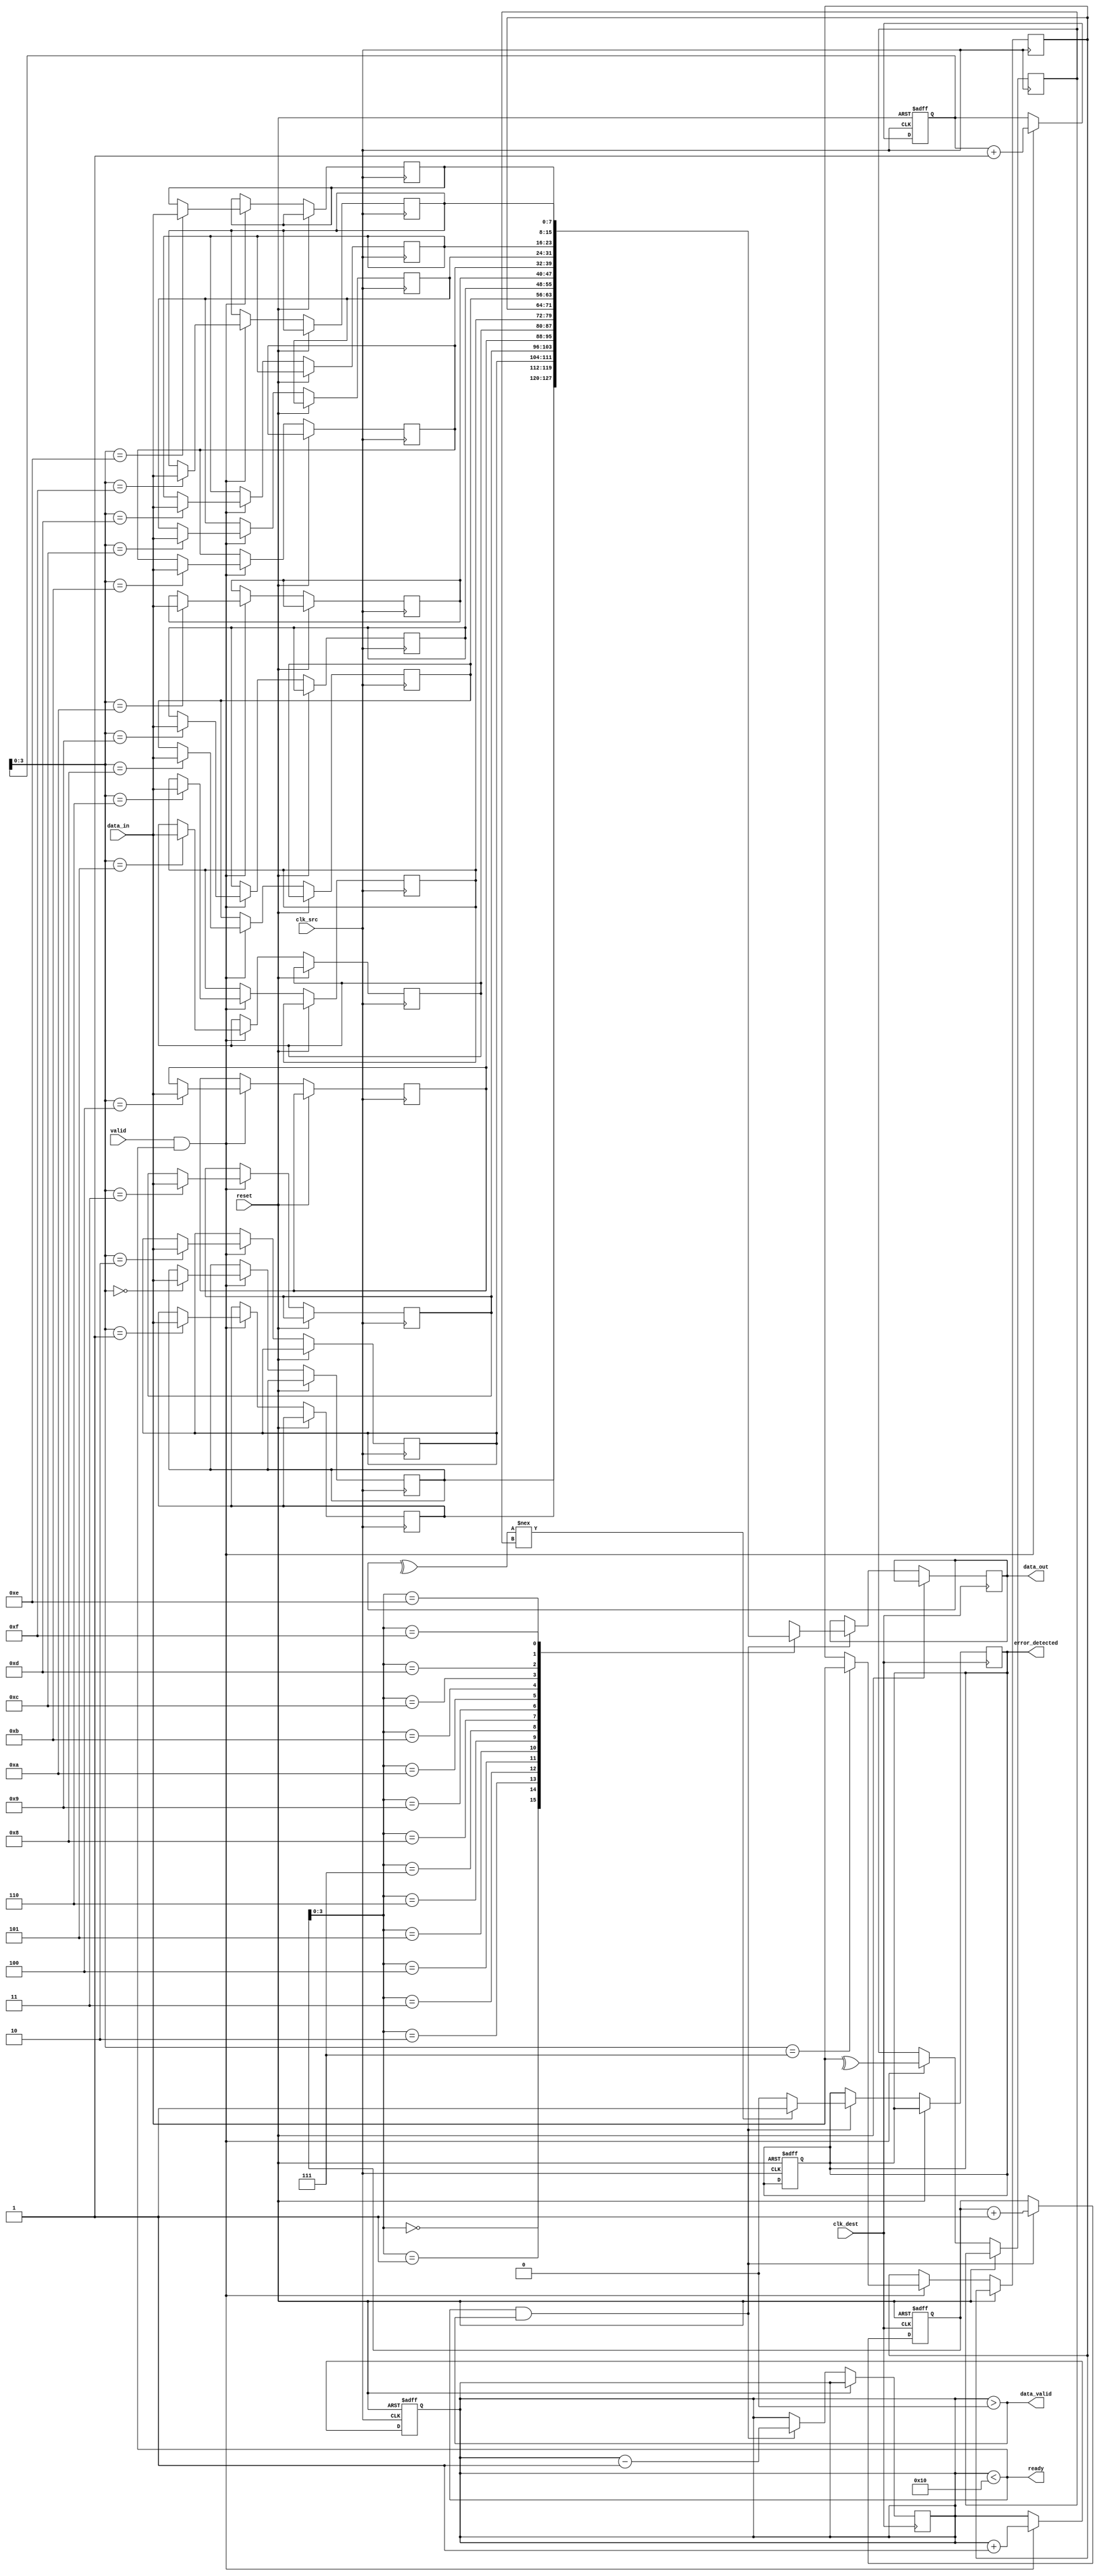
module cdc_memory_block #(
    parameter DATA_WIDTH = 8,              // Width of data
    parameter FIFO_DEPTH = 16               // Depth of the FIFO
)(
    input wire clk_src,                     // Source clock
    input wire clk_dest,                    // Destination clock
    input wire reset,                       // Asynchronous reset
    input wire [DATA_WIDTH-1:0] data_in,   // Data input from source clock domain
    input wire valid,                       // Valid data signal
    output wire ready,                      // Ready signal for source domain
    output wire [DATA_WIDTH-1:0] data_out, // Data output to destination clock domain
    output wire data_valid,                 // Indicates valid data in FIFO
    output wire error_detected              // Indicates error during transfer
);

    // FIFO Buffer
    reg [DATA_WIDTH-1:0] fifo [0:FIFO_DEPTH-1];
    reg [4:0] wr_ptr, rd_ptr;               // Write and read pointers
    reg [4:0] fifo_count;                   // Number of items in the FIFO

    // Error Detection using Parity
    reg parity_bit;                         // Parity bit for error detection

    // Flags
    reg error_flag;
    reg data_valid_reg;

    // Initialization
    initial begin
        wr_ptr = 0;
        rd_ptr = 0;
        fifo_count = 0;
        error_flag = 0;
        data_valid_reg = 0;
    end

    // Write Logic (Source Domain)
    always @(posedge clk_src or posedge reset) begin
        if (reset) begin
            wr_ptr <= 0;
            fifo_count <= 0;
            error_flag <= 0;
        end else if (valid && (fifo_count < FIFO_DEPTH)) begin
            fifo[wr_ptr] <= data_in;
            parity_bit <= ^data_in; // Calculate parity
            wr_ptr <= wr_ptr + 1;
            fifo_count <= fifo_count + 1;
        end
    end
    
    // Read Logic (Destination Domain)
    always @(posedge clk_dest or posedge reset) begin
        if (reset) begin
            rd_ptr <= 0;
            data_valid_reg <= 0;
        end else if (ready && (fifo_count > 0)) begin
            data_out <= fifo[rd_ptr];
            // Check for parity error
            if ((^data_out) !== parity_bit) begin
                error_flag <= 1; // Error detected
            end else begin
                error_flag <= 0;
            end
            rd_ptr <= rd_ptr + 1;
            fifo_count <= fifo_count - 1;
        end
    end
    
    // Handshaking Signals
    assign ready = (fifo_count < FIFO_DEPTH);
    assign data_valid = (fifo_count > 0);
    assign error_detected = error_flag;

endmodule